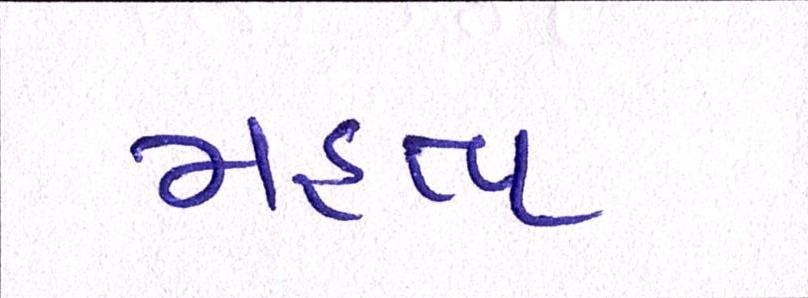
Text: મહત્વ